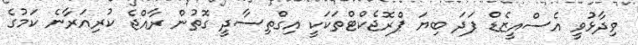
ވިދާޅުވީ އެސްއީޒެޑް ފަދަ ބިޔަ ޕްރޮޖެކްޓްތަކަކީ އިގްތިސާދީ ގޮތުން ރާއްޖެ ކުރިއަރާނެ ކަމުގެ